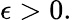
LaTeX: \epsilon>0.